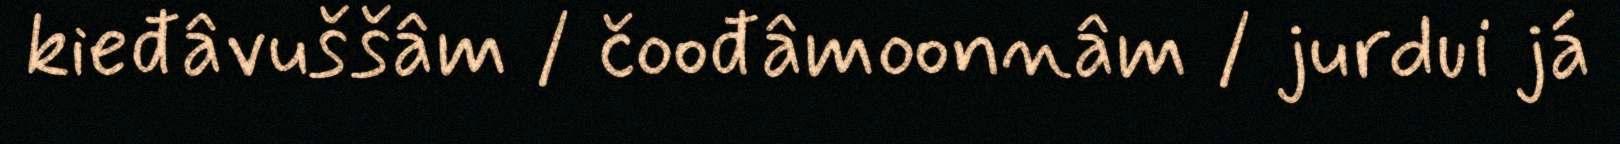
kieđâvuššâm / čoođâmoonnâm / jurdui já